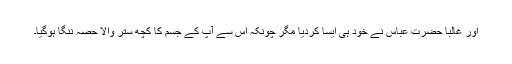
اور غالباً حضرت عباس نے خود ہی ایسا کردیا مگر چونکہ اس سے آپؐ کے جسم کا کچھ ستر والا حصہ ننگا ہوگیا۔